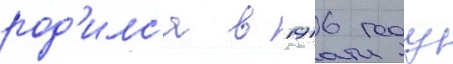
род'илс'я в 1916 году